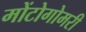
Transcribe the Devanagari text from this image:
मोंटोगोमरी